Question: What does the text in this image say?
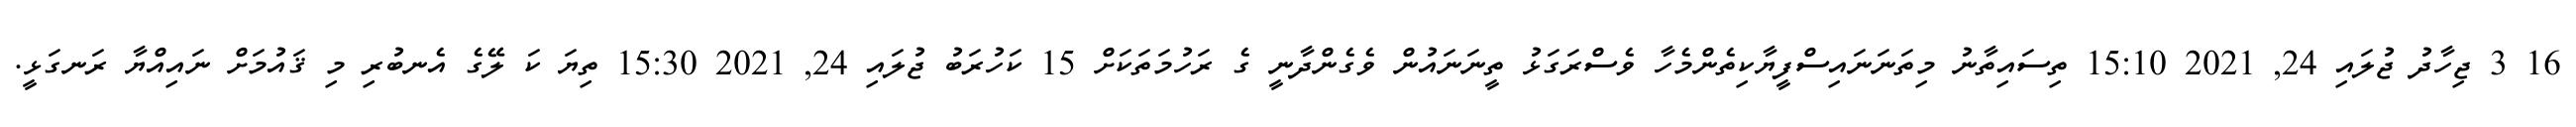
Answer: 16 3 ޖިހާދު ޖުލައި 24, 2021 15:10 ތިސައިތާނު މިތަނަނައިސްފީޔާކިތެންމެހާ ވެސްރަގަޅު ތީނަނައުން ވެގެންދާނީ ގެ ރަހުމަތަކަށް 15 ކަހުރަބު ޖުލައި 24, 2021 15:30 ތިޔަ ކަ ލޭގެ އެނބުރި މި ޤައުމަށް ނައިއްޔާ ރަނގަޅީ.